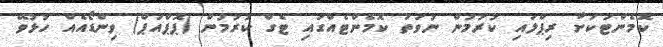
ކޮމެންޓަކަށް ރިޕްލައި ކުރުމުން ނުވަތަ ކޮމެންޓެއްގައި ޓެގް ކުރުމުން (ޕޮޕްއަޕް) ވިންޑޯއެއް ހުޅުވޭ